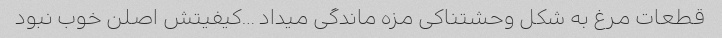
قطعات مرغ به شکل وحشتناکی مزه ماندگی میداد …کیفیتش اصلن خوب نبود